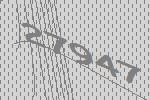
27947